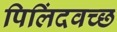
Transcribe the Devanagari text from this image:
पिलिंदवच्छ